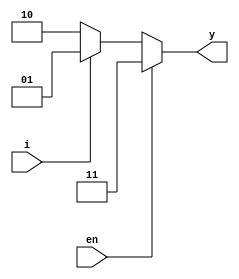
module decoder1to2
(input i,en,
output [1:0]y);

assign y = (en) ? 2'b11 :
	   (i) ? 2'b01 : 2'b10;

endmodule